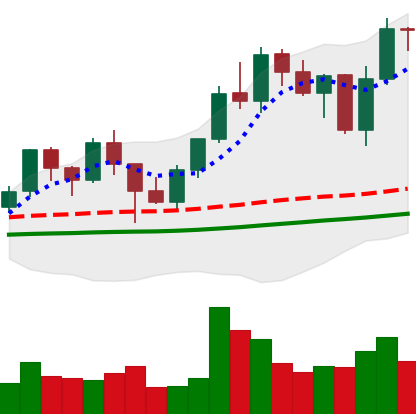
Ticker: LINK-USD
Chart end date: 2021-01-24
Forward return: -7.807%
Label: down_7plus